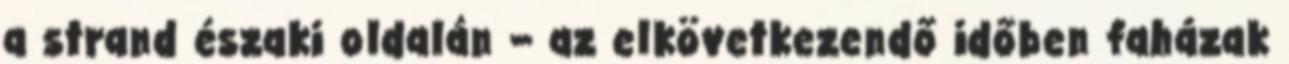
a strand északi oldalán – az elkövetkezendő időben faházak